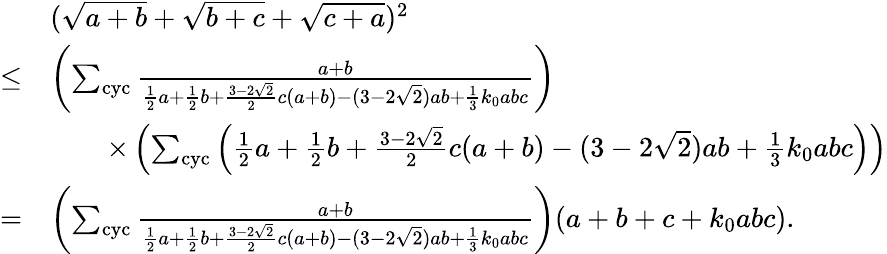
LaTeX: \begin{array}{rl}&{(\sqrt{a+b}+\sqrt{b+c}+\sqrt{c+a})^{2}}\\ {\le}&{\left(\sum_{\mathrm{cyc}}\frac{a+b}{\frac 12a+\frac 12b+\frac{3-2\sqrt{2}}{2}c(a+b)-(3-2\sqrt{2})ab+\frac 13k_{0}abc}\right)}\\ &{\qquad\times\left(\sum_{\mathrm{cyc}}\left(\frac 12a+\frac 12b+\frac{3-2\sqrt{2}}{2}c(a+b)-(3-2\sqrt{2})ab+\frac 13k_{0}abc\right)\right)}\\ {=}&{\left(\sum_{\mathrm{cyc}}\frac{a+b}{\frac 12a+\frac 12b+\frac{3-2\sqrt{2}}{2}c(a+b)-(3-2\sqrt{2})ab+\frac 13k_{0}abc}\right)(a+b+c+k_{0}abc).}\end{array}